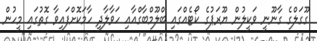
ގޫގަލްގެ ގާނޫނީ ވަކީލުން ޔޫރަޕުގެ ކޯޓެއްގައި ބްލޫމްބާގްއާއި ހަވާލާދީ ހާމަކޮށްފައިވާ ގޮތުގައި މީހުން